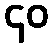
၄၀